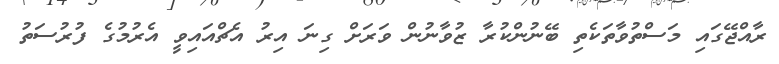
ރާއްޖޭގައި މަސްތުވާތަކެތި ބޭނުންކުރާ ޒުވާނުން ވަރަށް ގިނަ އިރު އެޗްއައިވީ އެރުމުގެ ފުރުސަތު